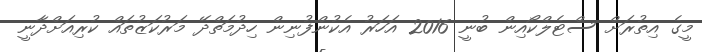
މީގެ އިތުރަށް ސްޓެލްކޯއިން ބުނީ 2016 އަހަރު އެކުންފުނިން ހިދުމަތްދޭ މަރުކަޒުތައް ކުރިއަށްދާނީ